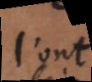
l’ont